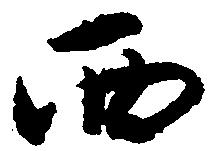
西